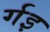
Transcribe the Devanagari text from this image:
र्गइ